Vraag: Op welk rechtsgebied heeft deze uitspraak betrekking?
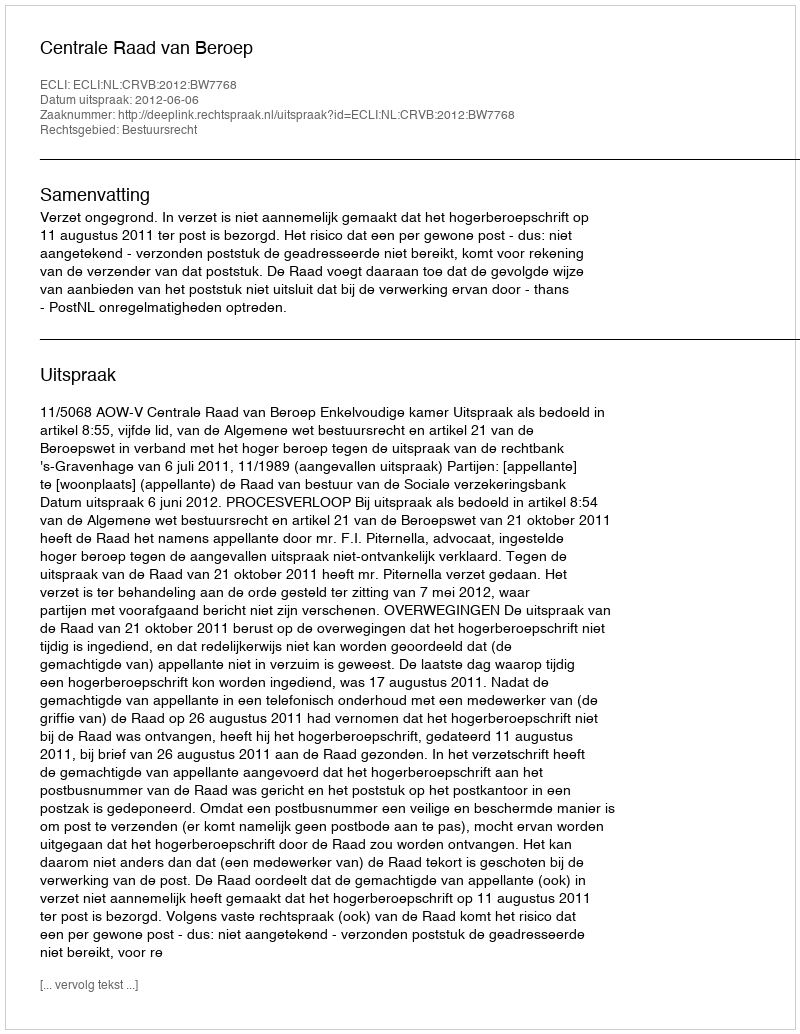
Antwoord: Bestuursrecht